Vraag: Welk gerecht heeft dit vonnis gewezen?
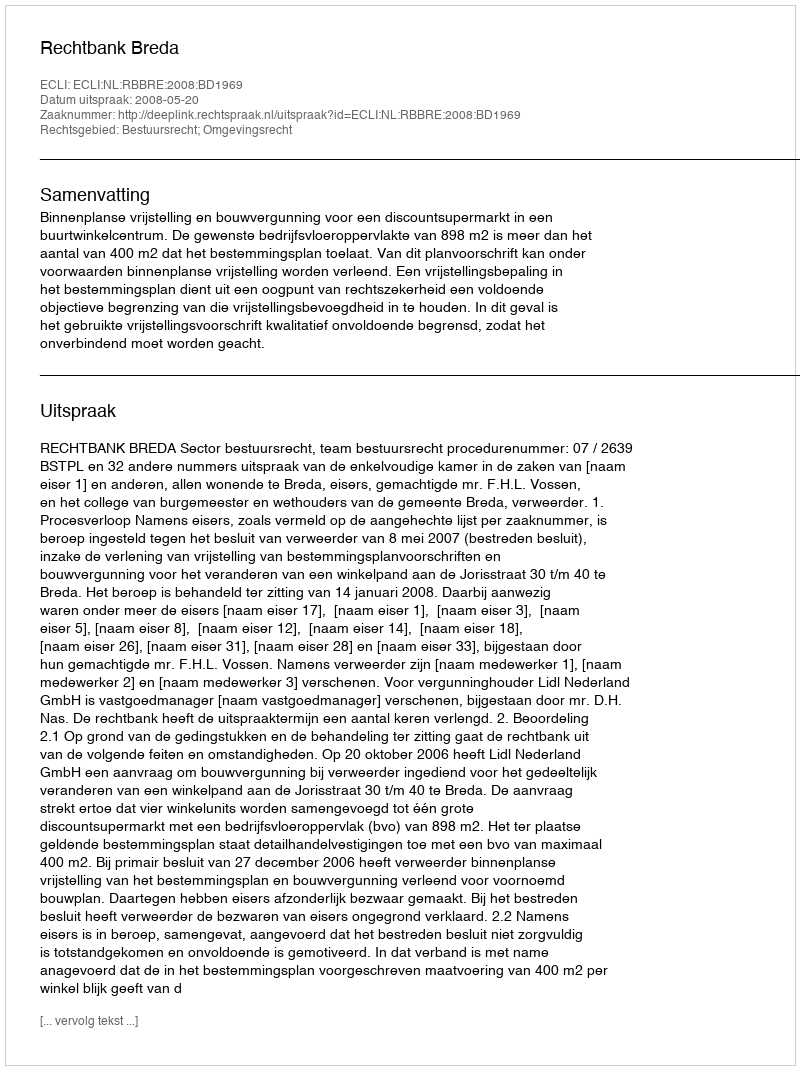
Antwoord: Rechtbank Breda